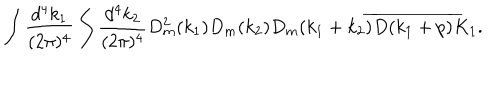
\begin{array} { c } { { \displaystyle \int \frac { d ^ { 4 } k _ { 1 } } { ( 2 \pi ) ^ { 4 } } \int \frac { d ^ { 4 } k _ { 2 } } { ( 2 \pi ) ^ { 4 } } D _ { m } ^ { 2 } ( k _ { 1 } ) D _ { m } ( k _ { 2 } ) D _ { m } ( k _ { 1 } + k _ { 2 } ) \overline { { { D ( k _ { 1 } + p ) } } } K _ { 1 } . } } \\ \end{array}